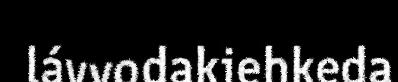
lávvodakiehkeda